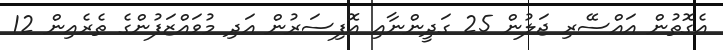
އެގޮތުން އައްސޭރި ޖަލުން 25 ގަދީންނާއި އޮފިސަރުން އަދި މުވައްޒަފުންގެ ތެރެއިން 12